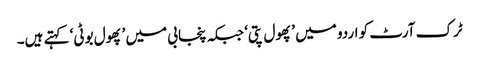
ٹرک آرٹ کو اردو میں ’پھول پتی‘ جبکہ پنجابی میں ’پھول بوٹی‘ کہتے ہیں۔